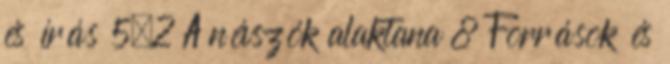
és írás 5.2 A névszók alaktana 8 Források és